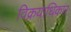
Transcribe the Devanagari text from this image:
विक्रयाधिकार